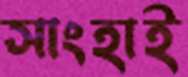
সাংহাই